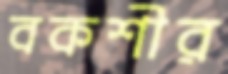
বকশীর